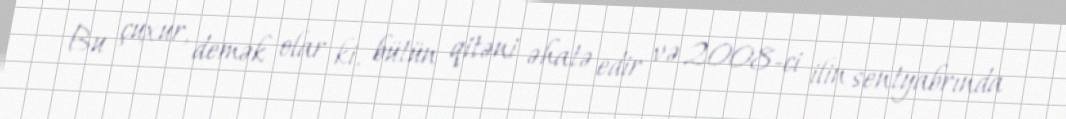
Bu çuxur, demək olar ki, bütün qitəni əhatə edir və 2008-ci ilin sentyabrında